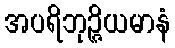
အပရိဘုဉ္ဇိယမာနံ